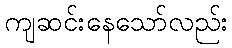
ကျဆင်းနေသော်လည်း